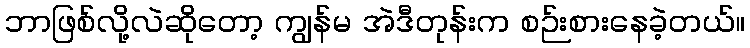
ဘာဖြစ်လို့လဲဆိုတော့ ကျွန်မ အဲဒီတုန်းက စဉ်းစားနေခဲ့တယ်။